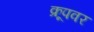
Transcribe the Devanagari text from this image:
क्रूपवर